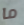
ما